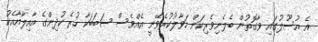
އެ އުސޫލުގައި ވާގޮތުން ބެލެނިވެރިކަން ހަވާލުކުރެވޭނީ އެއްވެސް ސަބަބަކާ ހުރެ ކުދިންގެ އާއިލާއާއެކު